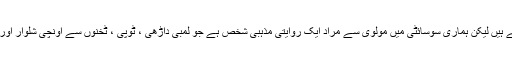
یوں تو مولوی درس نظامی کی ایک سند کے حامل شخص کو کہتے ہیں لیکن ہماری سوسائٹی میں مولوی سے مراد ایک روایتی مذہبی شخص ہے جو لمبی داڑھی ، ٹوپی ، ٹخنوں سے اونچی شلوار اور بعض اوقات تسبیح کے ذریعے عام لوگوں سے منفرد نظر آتا ہے۔